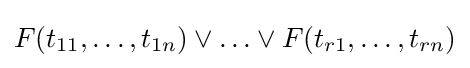
F(t_{11},\ldots ,t_{1n})\vee \ldots \vee F(t_{r1},\ldots ,t_{rn})